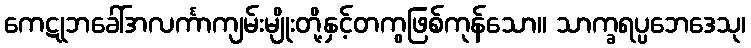
ကေဋုဘခေါ်အလင်္ကာကျမ်းမျိုးတို့နှင့်တကွဖြစ်ကုန်သော။ သာက္ခရပ္ပဘေဒေသု၊